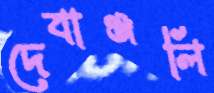
দেবাঞ্জলি